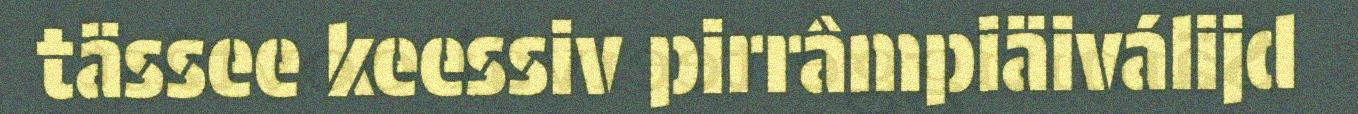
tässee keessiv pirrâmpiäiválijd